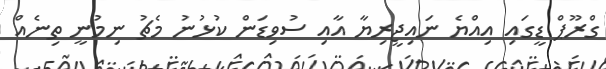
ގްރޫޕް ޑީގައި އިއްޔެ ނައިޖީރިޔާ އާއި ސުވިޑަން ކުޅުނު މެޗު ނިމުނީ ތިނެއް